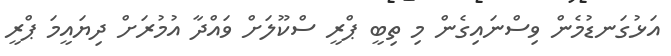
އަޅުގަނޑުމެން ވިސްނައިގެން މި ތިބީ ޕްރީ ސްކޫލަށް ވައްދާ އުމުރަށް ދިޔައީމަ ޕްރީ